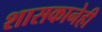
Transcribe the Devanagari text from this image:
शासकानेही